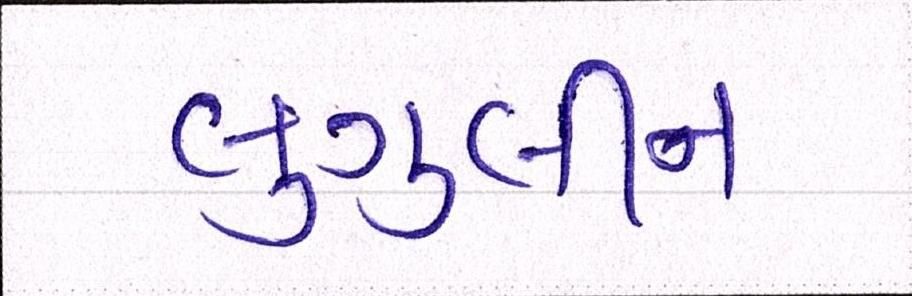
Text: લુગુલીન